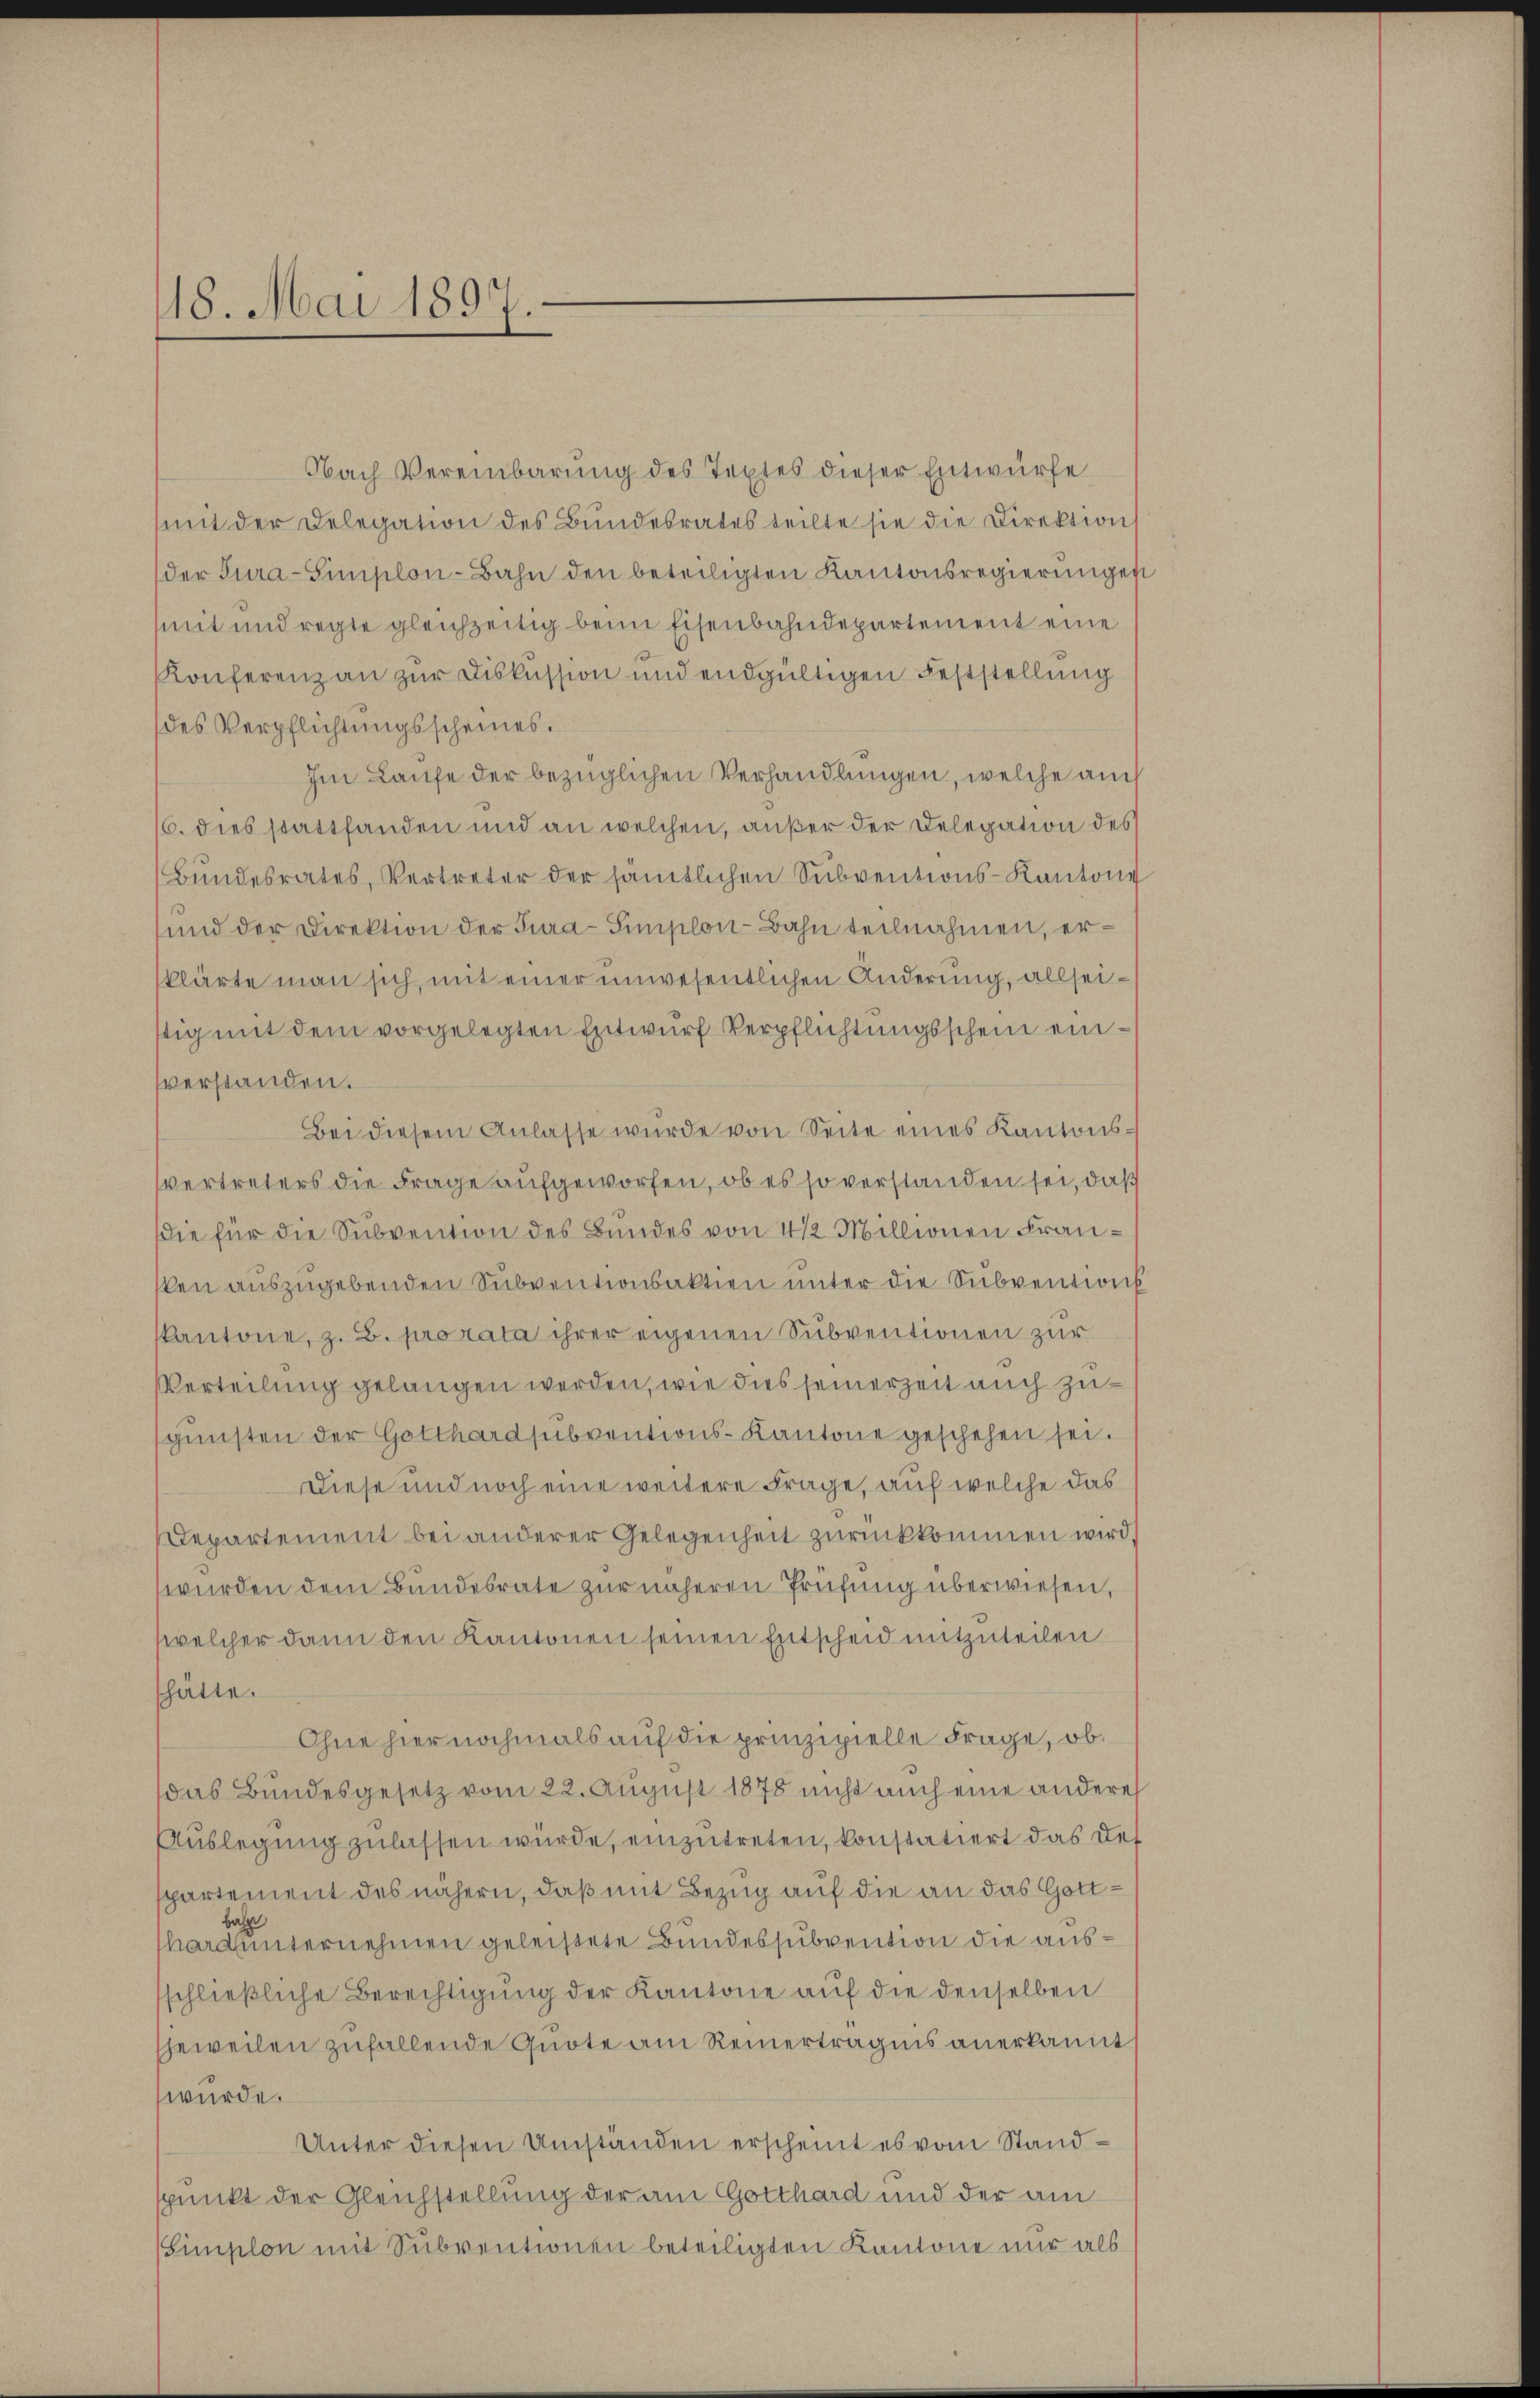
18. Mai 1897.

Nach Vereinbarung des Textes dieser Entwürfe
mit der Delegation des Bundesrates teilte sie die Direktion
der Tura-Simplon-Bahn den beteiligten Kantonsregierungen
mit und regte gleichzeitig beim Eisenbahndepartement eine
Konferenz an zur Diskussion und endgültigen Feststellung
des Verpflichtungsscheines.
Im Laufe der bezüglichen Verhandlungen, welche auch
6. dies stattfanden und an welchen, außer der Delegation des
Bundesrates, Vertreter der sämtlichen Subventions-Kantons
und der Direktion der Tura-Simplon-Bahn teilnahmen, erklärte man sich mit einer unwesentlichen Änderung, allseistig mit dem vorgelegten Entwurf Verpflichtungsschein einverstanden.
Bei diesem Anlasse wurde von Seite eines Kantonsvertreters die Frage aufgeworfen, ob es so verstanden sei, daß
die für die Subvention des Bundes von 4 1/2 Millionen Fransken auszugebenden Subventionsaktien unter die Subventions
Kantone, z. B. prorata ihrer eigenen Subventionen zur
Verteilung gelangen werden, wie dies seinerzeit auch zugünsten der Gotthardsubventions-Kantone geschehen sei.
Diese und noch eine weitere Frage, auf welche das
Departement bei anderer Gelegenheit zurückkommen wird
wurden dem Bundesrate zur näheren Prüfung überwiesen,
welcher dann den Kantonen seinen Entscheid mitzuteilen
shatte.
Ohne hier nochmals auf die prinzipielle Frage, ob
das Bundesgesetz vom 22. August 1878 nicht auch eine andere
Auslegung zulassen würde, einzutreten, konstatiert das Def
spartement des nähern, daß mit Bezug auf die an das Gottbahr
Mardunternehmen geleistete Bundessubvention die ausschließliche Berechtigung der Kantone auf die denselben
Eheweilen zufallende Quote am Reinerträgnis anerkannt
wurde.
Unter diesen Umständen erscheint es vom Standspunkt der Gleichstellung der am Gotthard und der am
Simplon mit Subventionen beteiligten Kantone nur als